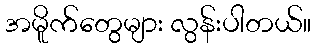
အမိူက်တွေများ လွန်းပါတယ်။